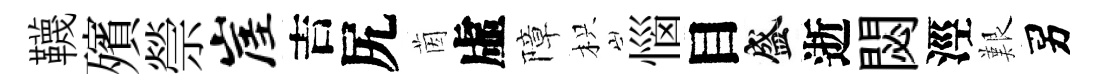
韈殯禜崖吉尻茵虛障枳惱目盛逝閟涇艱男